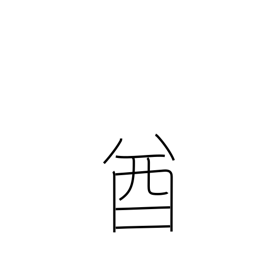
Meaning: chieftain